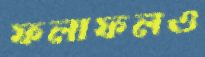
ফলাফলও